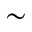
\sim